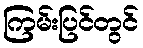
ကြမ်းပြင်တွင်